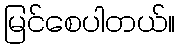
မြင်စေပါတယ်။